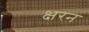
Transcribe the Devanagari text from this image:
क्षरन